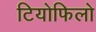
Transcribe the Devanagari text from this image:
टियोफिलो